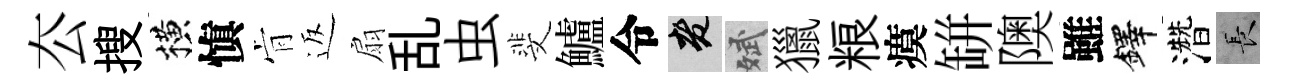
厺搜横愼肻返扇乱虫斐鱸令老斌獵粮瘼缾隩雖鐸濳长